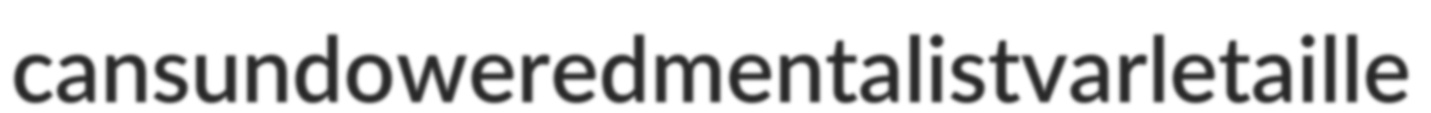
cans undowered mentalist varletaille